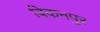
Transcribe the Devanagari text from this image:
बिकनपुर